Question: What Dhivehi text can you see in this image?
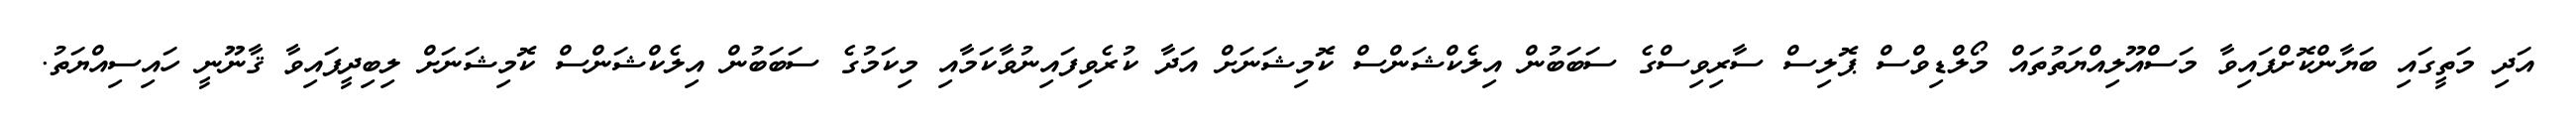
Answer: އަދި މަތީގައި ބަޔާންކޮށްފައިވާ މަސްއޫލިއްޔަތުތައް މޯލްޑިވްސް ޕޮލިސް ސާރިވިސްގެ ސަބަބުން އިލެކްޝަންސް ކޮމިޝަނަށް އަދާ ކުރެވިފައިނުވާކަމާއި މިކަމުގެ ސަބަބުން އިލެކްޝަންސް ކޮމިޝަނަށް ލިބިދީފައިވާ ޤާނޫނީ ހައިސިއްޔަތު.